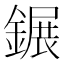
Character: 𨫀